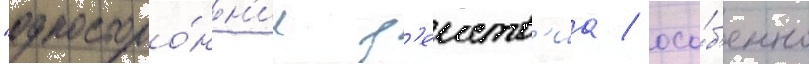
"односторо́нн'ие д'еиств'иа / осо́б'енно